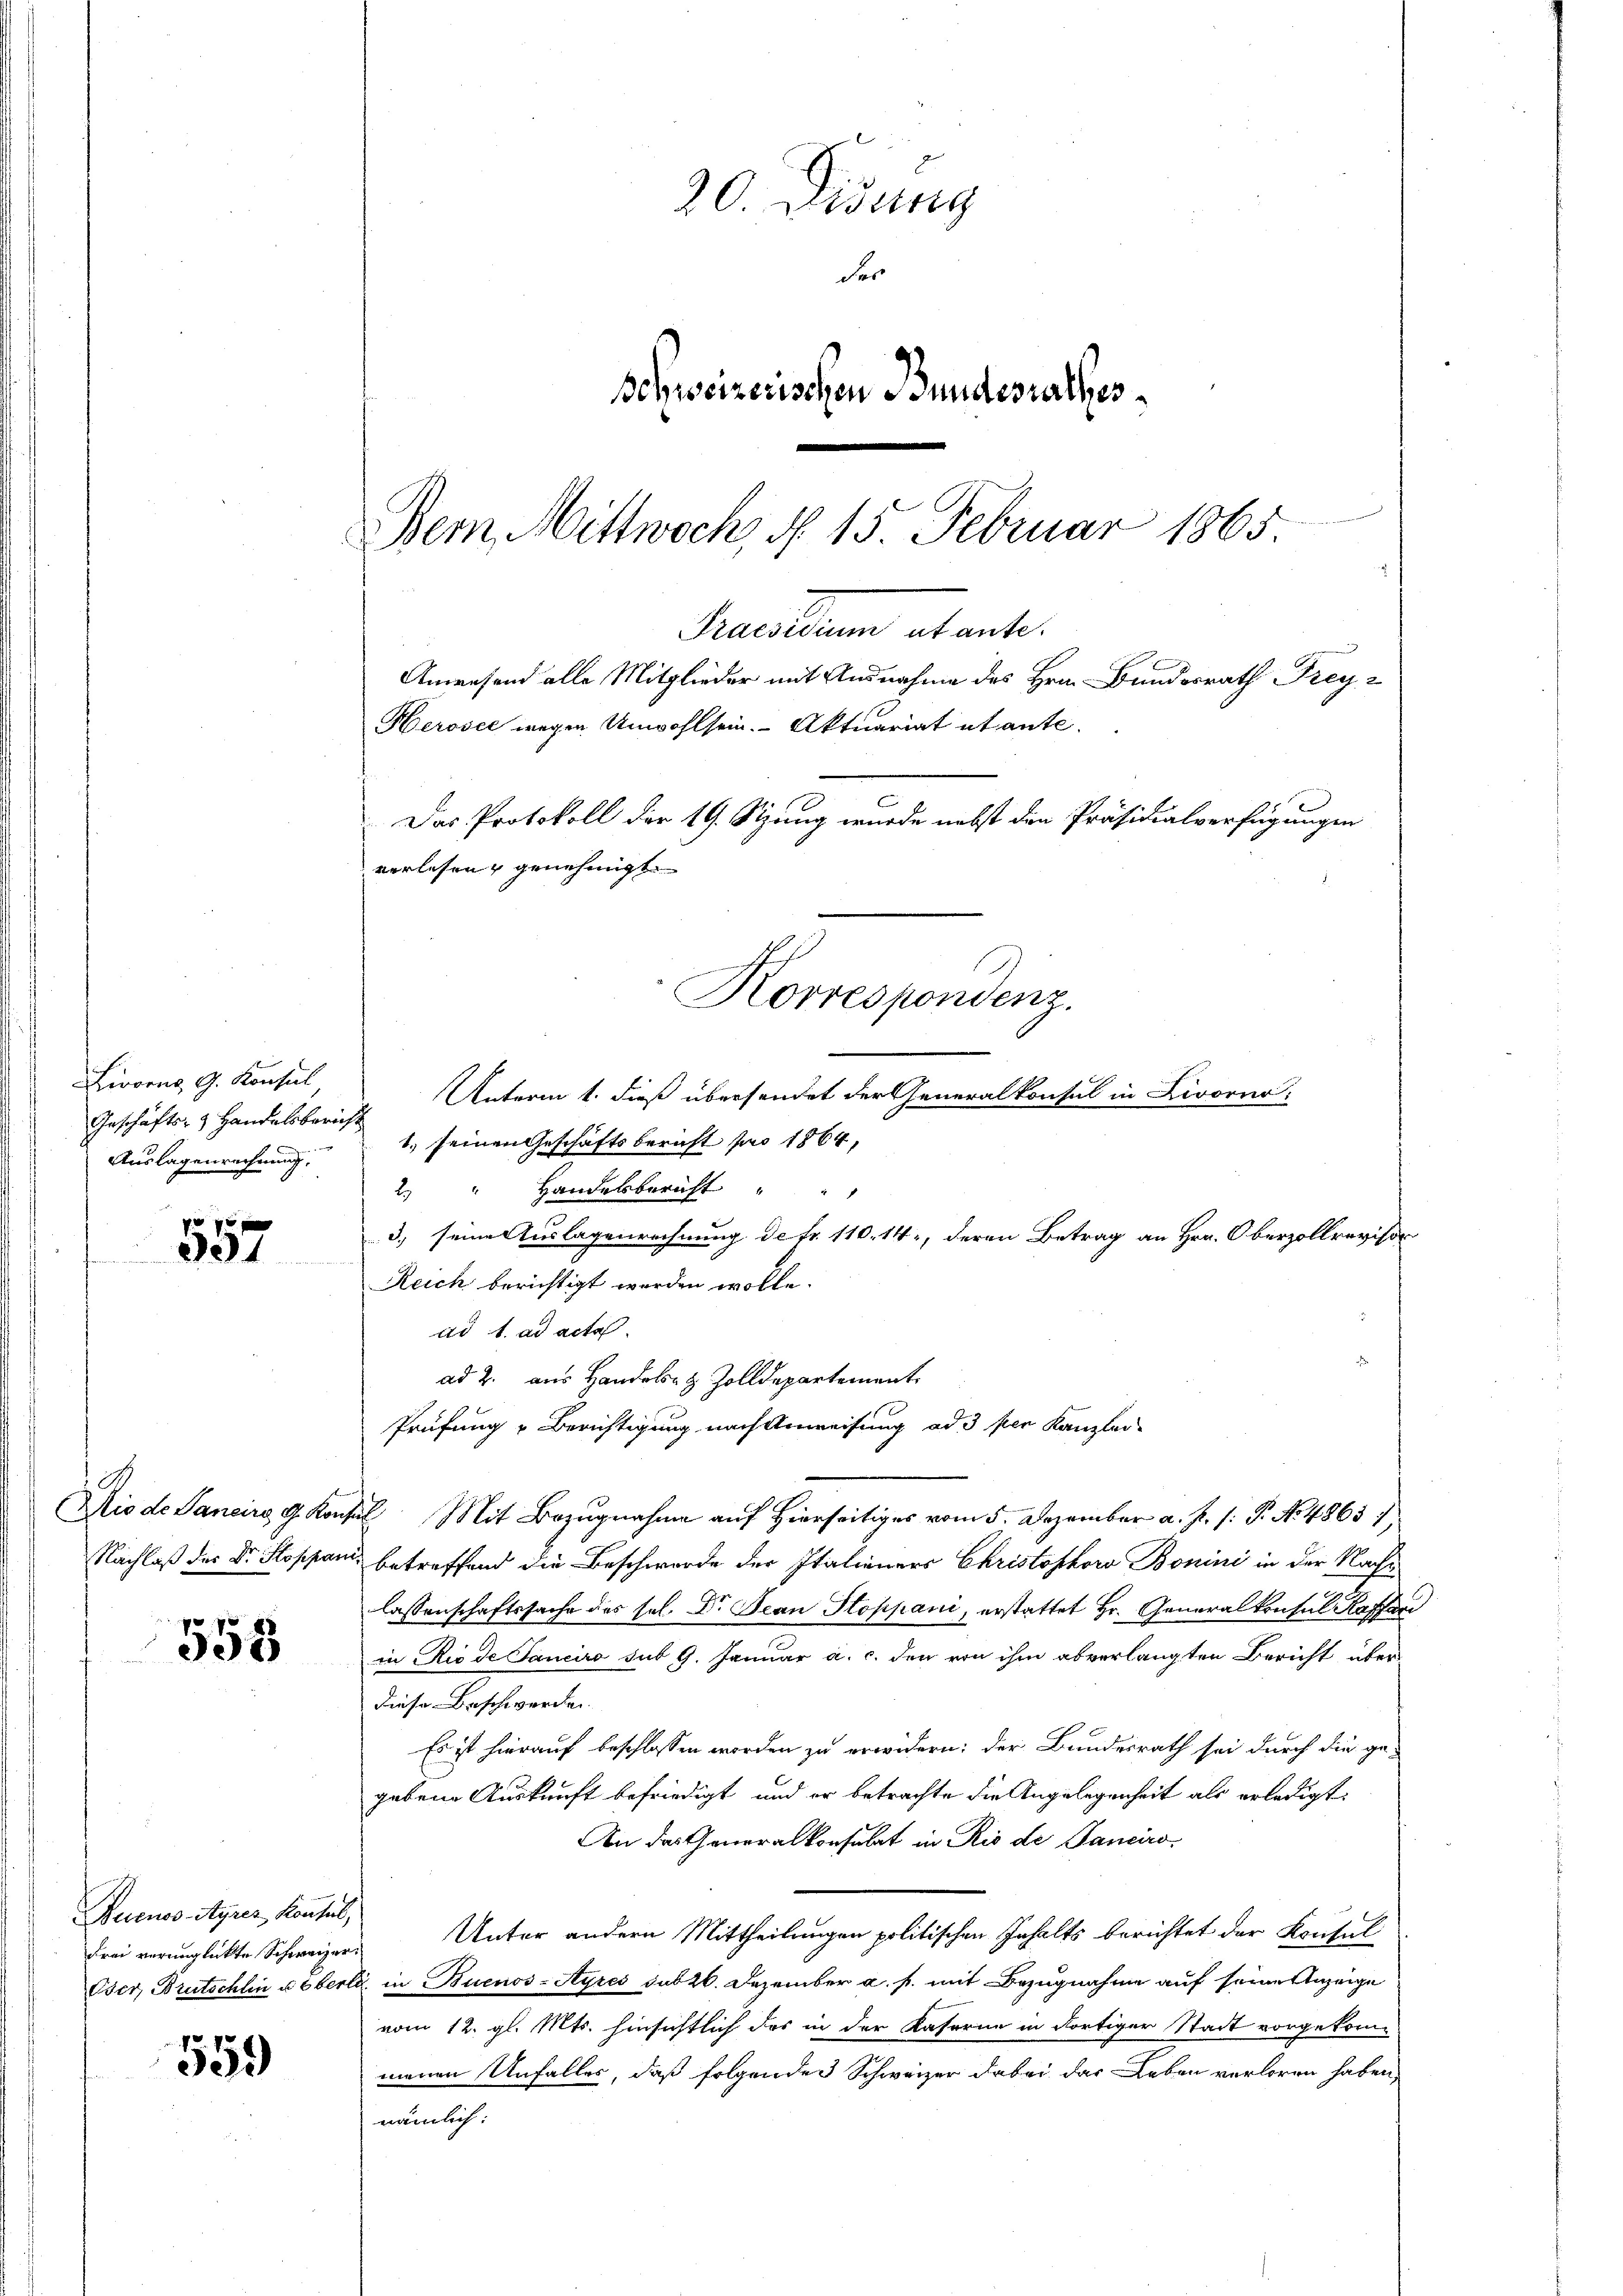
Livorno, G. Konsul
Geschäfts- & Handelsbericht
Auslagenrechnung.

557

Dio de Sancire, d. Konz
Nachlaß der Dr. Hoppani¬

555

Buenos-Ayres, Konsul,
Frei verunglückte Schweizer¬
Oser, Brutschlin u. Eberl

559

20. Didung
der
Schweizerischen Bundesrathes
Dem Mittwoch, d. 15. Februar 1865

meine einen den
Herosel wegen Unwohlsein. Aktuariat et ante.
Das Protokoll der 19. Sitzung wurde nebst den Präsidialverfügungen
verlesen, genehmigt
Korrespondenz.
Unterm 1. dieß übersendet der Generalkonsul in Livorno.

Praesiduum actante.
Anwesend alle Mitglieder mit Ausnahme des Hrn. Bundesrath Frey-

1. seinen Geschäftsbericht pro 1864,
2. " Handelsbericht " "
3., seine Auslagenrechnung de fr. 110. 14, deren Betrag an Hrn. Oberzollrevisor
Reich berichtigt werden wolle.
ad 1. ad acta
ad 2. aus Handels- & Zolldepartement.
Prüfung u Berichtigung nach Anweisung ad 3 per Kanzlei-
3. Mit Bezugnahme auf Hierseitiges vom 5. Dezember a. p. /: P. No. 4865 1
betreffend die Beschwerde der Italieners Christophoro Bonini in der Nache
lassenschaftssache des sel. Dr. Jean Stoppani, erstattet Hr. Generalkonsul Kassari
in Riede Janeiro sub 9. Januar a. c. den von ihm abverlangten Bericht über
diese Beschwerden.
Es ist hierauf beschlossen worden zu erwidern; der Bundesrath sei durch die gegebene Auskunft befriedigt, und er betrachte die Angelegenheit als erledigt,
An das Generalkonsulat in Rio de Panciro-
Unter andern Mittheilungen politischen Inhalts berichtet der Konsul
in Buenos-Ayres sub 20. Dezember a. f. mit Bezugnahme auf seiner Anzeige
vom 12. gl. Mts. hinsichtlich das in der Kaserne in dortiger Stadt vorgekommenen Unfalles, daß folgendes Schweizer dabei das Leben verloren haben,
nämlich: